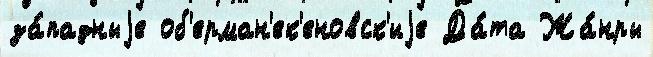
за́падныjе об'ерман'ек'еновск'иjе Да́та Жа́нры